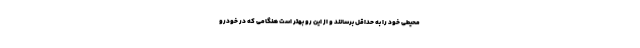
محیطی خود را به حداقل برسانند و از این رو بهتر است هنگامی که در خودرو